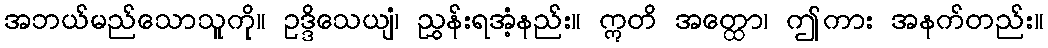
အဘယ်မည်သောသူကို။ ဥဒ္ဒိသေယျံ၊ ညွှန်းရအံ့နည်း။ ဣတိ အတ္ထော၊ ဤကား အနက်တည်း။